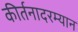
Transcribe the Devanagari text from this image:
कीर्तनादरम्यान